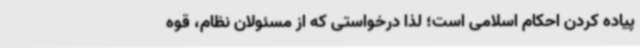
پیاده کردن احکام اسلامی است؛ لذا درخواستی که از مسئولان نظام، قوه